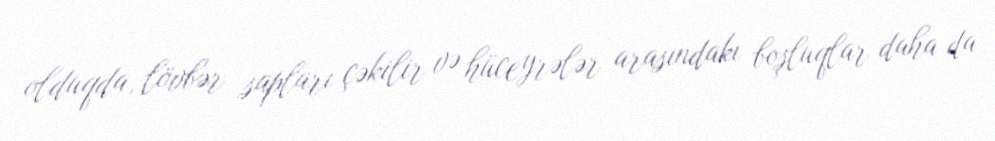
olduqda, lövbər sapları çəkilir və hüceyrələr arasındakı boşluqlar daha da